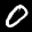
Label: 0